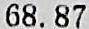
68.87